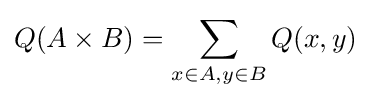
Q(A\times B)=\sum _{x\in A,y\in B}Q(x,y)